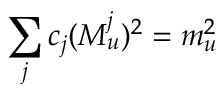
\sum _ { j } c _ { j } ( M _ { u } ^ { j } ) ^ { 2 } = m _ { u } ^ { 2 }